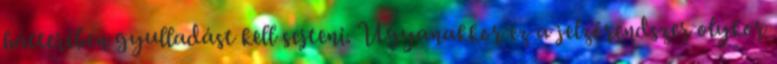
hátterében gyulladást kell sejteni. Ugyanakkor ez a jelzőrendszer olykor